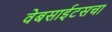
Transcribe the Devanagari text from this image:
वेबसाईटसचा